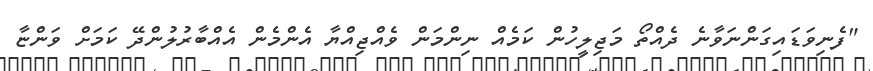
"ފެނިވަޑައިގަންނަވާނެ ދެއްތޯ މަޖިލީހުން ކަމެއް ނިންމަން ވެއްޖިއްޔާ އެންމެން އެއްބާރުލުންދޭ ކަމަށް ވަންޏާ